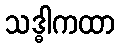
သဒ္ဓါကထာ